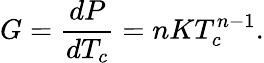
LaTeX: G=\frac{dP}{dT_{c}}=nKT_{c}^{n-1}.